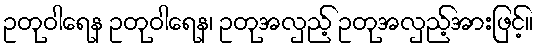
ဥတုဝါရေန ဥတုဝါရေန၊ ဥတုအလှည့် ဥတုအလှည့်အားဖြင့်။